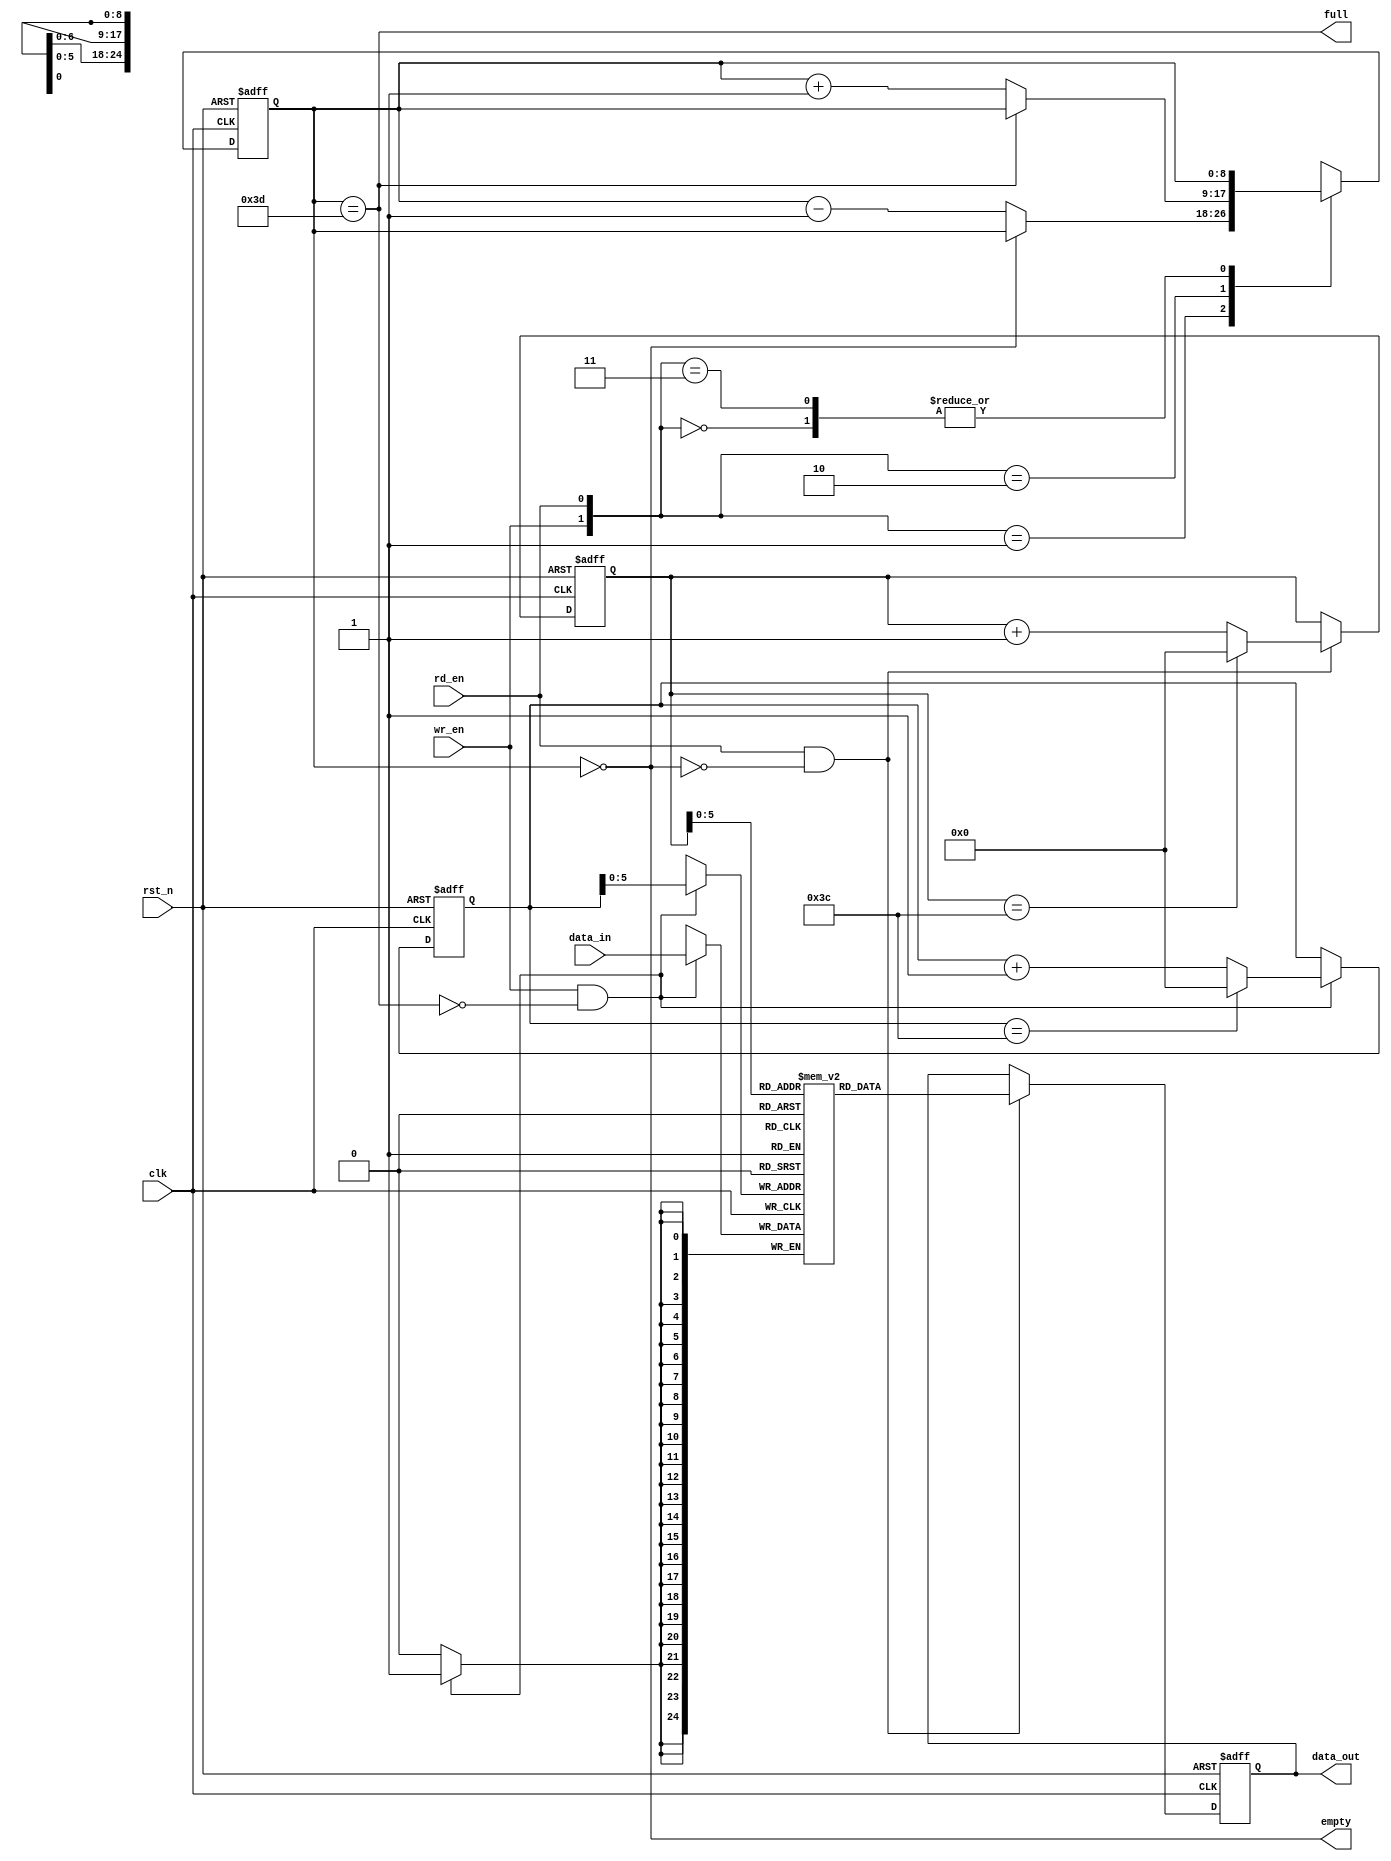
// This program was cloned from: https://github.com/lirui-shanghaitech/CNN-Accelerator-VLSI
// License: Apache License 2.0

///==------------------------------------------------------------------==///
/// Conv kernel: synchronous FIFO
///==------------------------------------------------------------------==///
/// Synchronous FIFO
module SYNCH_FIFO #(
    parameter data_width = 25,
    parameter addr_width = 8,
    parameter depth      = 61
) (
    /// Control signal
    input clk,
    input rd_en,
    input wr_en,
    input rst_n,
    /// status signal
    output empty,
    output full,
    /// data signal
    output reg [data_width-1:0] data_out,
    input [data_width-1:0] data_in
);
    reg [addr_width:0] cnt;
    reg [data_width-1:0] fifo_mem [0:depth-1];
    reg [addr_width-1:0] rd_ptr;
    reg [addr_width-1:0] wr_ptr;
    /// Status generation
    assign empty = (cnt == 0);
    assign full  = (cnt == depth);
    /// Updata read pointer && Read operation
    always @(posedge clk or negedge rst_n) begin
        if (!rst_n)
            rd_ptr   <= 0;
        else if (rd_en && !empty) begin
            rd_ptr   <= rd_ptr + 1;
            if (rd_ptr == 60)
                rd_ptr <= 0;
        end else 
            rd_ptr   <= rd_ptr;
    end
    always @(posedge clk or negedge rst_n) begin
        if (!rst_n) 
            data_out <= 0;
        else if (rd_en && !empty)
            data_out <= fifo_mem[rd_ptr];
    end
    /// Update write pointer && write operation
    always @(posedge clk or negedge rst_n) begin
        if (!rst_n)
            wr_ptr <= 0;
        else if (wr_en  && !full) begin
            wr_ptr <= wr_ptr + 1;
            if (wr_ptr == 60)
                wr_ptr <= 0;
        end else 
            wr_ptr <= wr_ptr;
    end

    always @(posedge clk) begin
        if (wr_en  && !full)
            fifo_mem[wr_ptr] = data_in;
    end
    /// Update the counter
    always @(posedge clk or negedge rst_n) begin
        if (!rst_n)
            cnt <= 0;
        else begin
            case ({wr_en, rd_en})
                2'b00: cnt <= cnt;
                2'b01: cnt <= !empty ? cnt-1 : cnt;
                2'b10: cnt <= !full  ? cnt+1 : cnt;
                2'b11: cnt <= cnt;
            endcase
        end
    end
endmodule